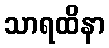
သာရထိနာ